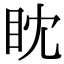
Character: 眈